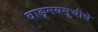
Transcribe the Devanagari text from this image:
वाङ्मयसूचीचे